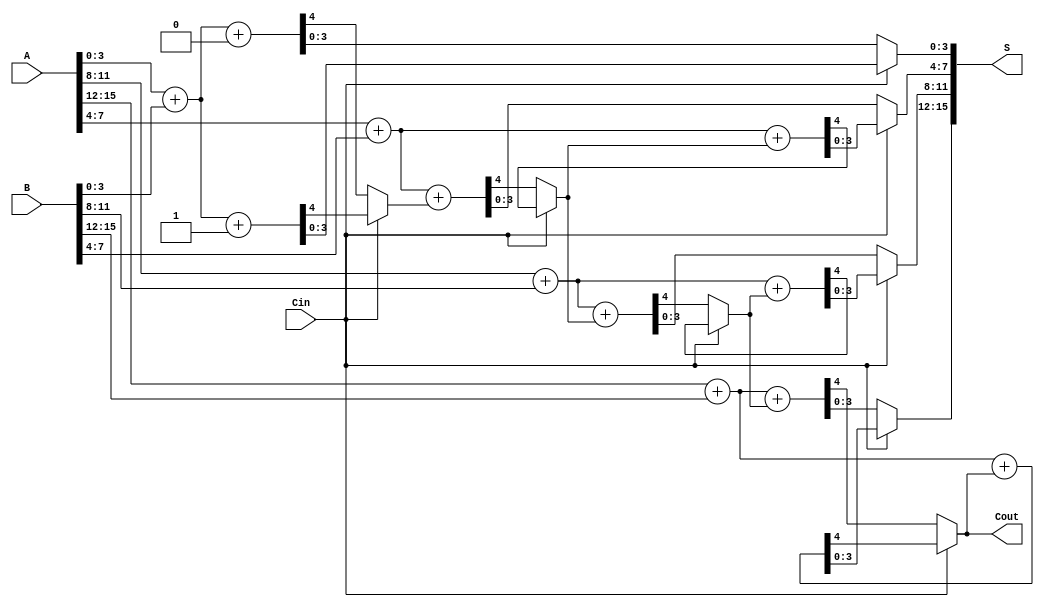
module CarrySelectAdder #(
    parameter n = 16, // Total bit width
    parameter k = 4   // Segment size
)(
    input [n-1:0] A,  // First operand
    input [n-1:0] B,  // Second operand
    input Cin,        // Input carry
    output [n-1:0] S, // Sum output
    output Cout       // Output carry
);

    localparam num_segments = n / k; // Number of segments
    
    // Intermediate signals
    wire [k-1:0] sum0 [0:num_segments-1]; // Sum when Cin = 0
    wire [k-1:0] sum1 [0:num_segments-1]; // Sum when Cin = 1
    wire [num_segments-1:0] cout0;        // Carry out when Cin = 0
    wire [num_segments-1:0] cout1;        // Carry out when Cin = 1
    wire [num_segments-1:0] carry;        // Carry from previous segment
    wire [k-1:0] final_sum [0:num_segments-1]; // Final selected sum

    // Generate the segments
    genvar i;
    generate
        for (i = 0; i < num_segments; i = i + 1) begin : segment
            // Extract k bits for each segment
            wire [k-1:0] A_segment = A[i*k +: k];
            wire [k-1:0] B_segment = B[i*k +: k];
            
            // Compute sums and carries for Cin = 0 and Cin = 1
            if (i == 0) begin
                // First segment
                assign {cout0[i], sum0[i]} = A_segment + B_segment + 1'b0;
                assign {cout1[i], sum1[i]} = A_segment + B_segment + 1'b1;
            end else begin
                // Subsequent segments
                assign {cout0[i], sum0[i]} = A_segment + B_segment + carry[i-1];
                assign {cout1[i], sum1[i]} = A_segment + B_segment + carry[i-1 + 1'b1];
            end
            
            // Multiplexer to select the appropriate sum and carry
            assign carry[i] = Cin ? cout1[i] : cout0[i];
            assign final_sum[i] = Cin ? sum1[i] : sum0[i];
        end
    endgenerate

    // Final output
    assign S = {final_sum[num_segments-1], final_sum[num_segments-2], final_sum[num_segments-3], final_sum[num_segments-4]};
    assign Cout = carry[num_segments-1];

endmodule